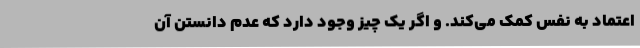
اعتماد به نفس کمک می‌کند. و اگر یک چیز وجود دارد که عدم دانستن آن